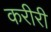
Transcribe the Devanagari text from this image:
करीरी